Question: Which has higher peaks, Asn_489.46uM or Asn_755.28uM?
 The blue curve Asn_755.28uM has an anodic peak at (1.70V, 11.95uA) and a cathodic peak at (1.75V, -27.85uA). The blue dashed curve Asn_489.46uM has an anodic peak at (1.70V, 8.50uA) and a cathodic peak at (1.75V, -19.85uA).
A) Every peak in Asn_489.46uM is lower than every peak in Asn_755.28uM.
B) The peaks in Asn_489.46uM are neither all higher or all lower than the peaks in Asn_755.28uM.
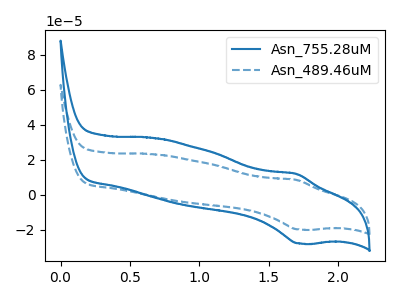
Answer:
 <answer>A) Every peak in "Asn_489.46uM" is lower than every peak in "Asn_755.28uM".</answer>
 <eval>A</eval>